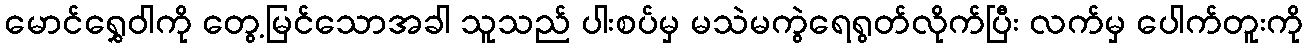
မောင်ရွှေဝါကို တွေ့မြင်သောအခါ သူသည် ပါးစပ်မှ မသဲမကွဲရေရွတ်လိုက်ပြီး လက်မှ ပေါက်တူးကို